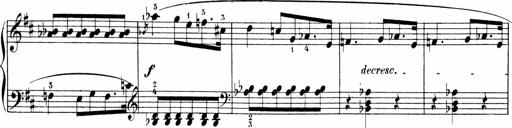
Title: Sonatinen Op.47, 98 und 136, nebst 6 Liedersonatinen
Composer: Carl Reinecke